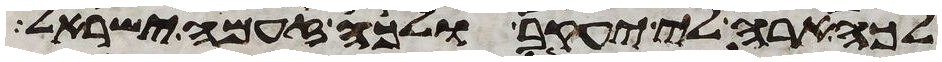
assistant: לכה ארה לי יעקב ולכה זעמה ישראל